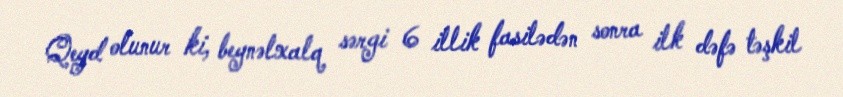
Qeyd olunur ki, beynəlxalq sərgi 6 illik fasilədən sonra ilk dəfə təşkil